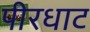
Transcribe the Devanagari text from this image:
पीरधाट